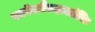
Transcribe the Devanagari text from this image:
स्कॉटलैंडहालांकि